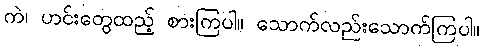
ကဲ၊ ဟင်းတွေထည့် စားကြပါ။ သောက်လည်းသောက်ကြပါ။